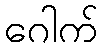
ဂေါက်